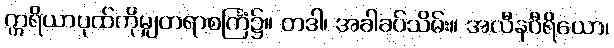
ဣရိယာပုထ်ကိုမျှတရာစင်္ကြံ၌။ တဒါ၊ အခါခပ်သိမ်း။ အလီနဝီရိယော၊